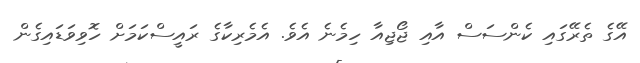
އޭގެ ތެރޭގައި ކެންސަސް އާއި ޖޯޖިއާ ހިމެނެ އެވެ. އެމެރިކާގެ ރައީސްކަމަަށް ހޮވިވަޑައިގެން